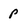
Character: P